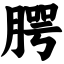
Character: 腭